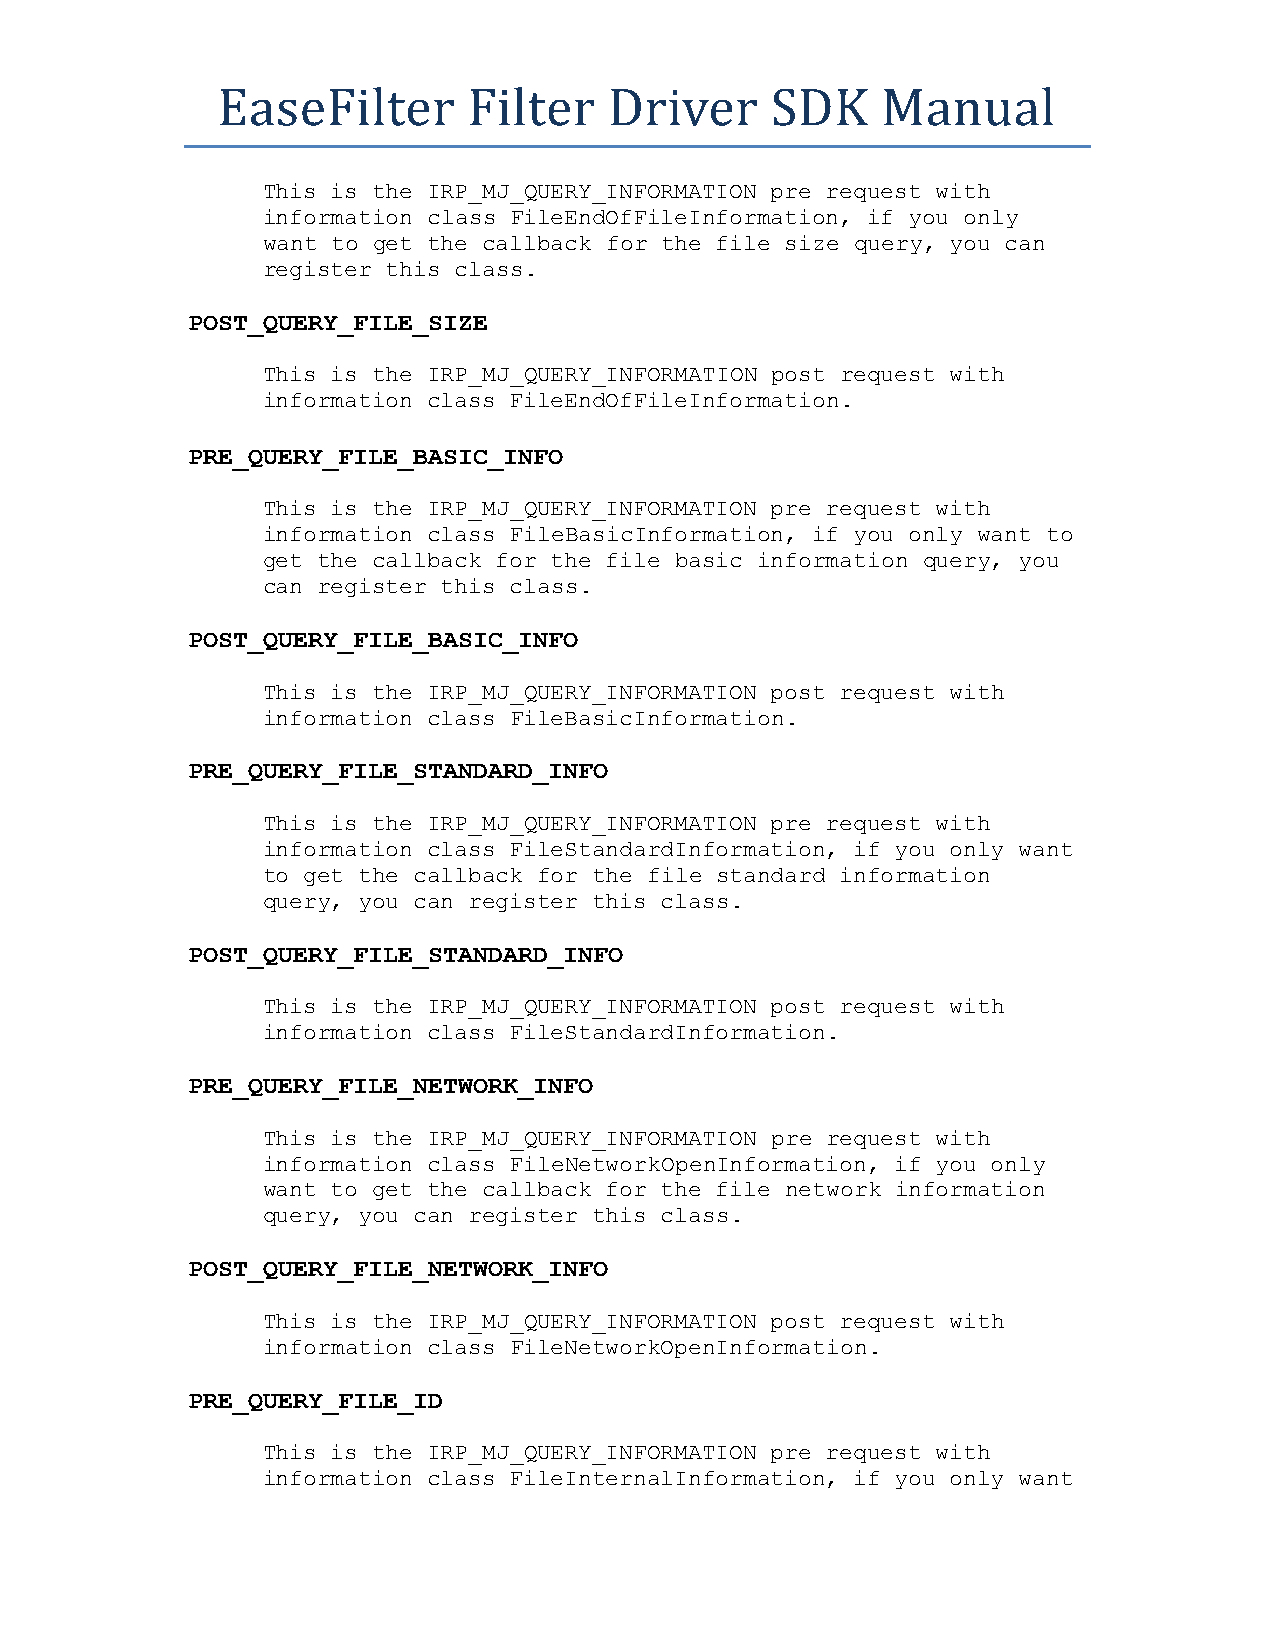
EaseFilter       Filter   Driver     SDK    Manual
 This is the IRP_MJ_QUERY_INFORMATION pre request with
 information class FileEndOfFileInformation, if you only
 want to get the callback for the file size query, you can
 register this class.
 POST_QUERY_FILE_SIZE
 This is the IRP_MJ_QUERY_INFORMATION post request with
 information class FileEndOfFileInformation.
 PRE_QUERY_FILE_BASIC_INFO
 This is the IRP_MJ_QUERY_INFORMATION pre request with
 information class FileBasicInformation, if you only want to
 get the callback for the file basic information query, you
 can register this class.
 POST_QUERY_FILE_BASIC_INFO
 This is the IRP_MJ_QUERY_INFORMATION post request with
 information class FileBasicInformation.
 PRE_QUERY_FILE_STANDARD_INFO
 This is the IRP_MJ_QUERY_INFORMATION pre request with
 information class FileStandardInformation, if you only want
 to get the callback for the file standard information
 query, you can register this class.
 POST_QUERY_FILE_STANDARD_INFO
 This is the IRP_MJ_QUERY_INFORMATION post request with
 information class FileStandardInformation.
 PRE_QUERY_FILE_NETWORK_INFO
 This is the IRP_MJ_QUERY_INFORMATION pre request with
 information class FileNetworkOpenInformation, if you only
 want to get the callback for the file network information
 query, you can register this class.
 POST_QUERY_FILE_NETWORK_INFO
 This is the IRP_MJ_QUERY_INFORMATION post request with
 information class FileNetworkOpenInformation.
 PRE_QUERY_FILE_ID
 This is the IRP_MJ_QUERY_INFORMATION pre request with
 information class FileInternalInformation, if you only want